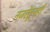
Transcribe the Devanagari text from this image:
नजरेतूनही